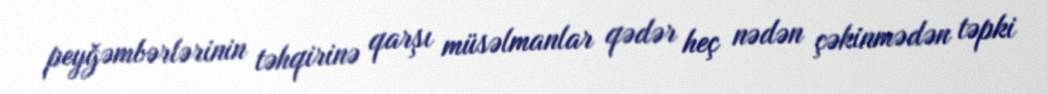
peyğəmbərlərinin təhqirinə qarşı müsəlmanlar qədər heç nədən çəkinmədən təpki